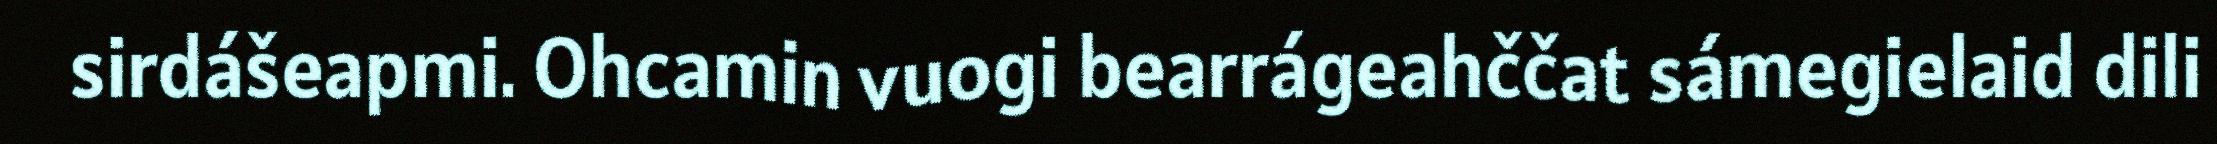
sirdášeapmi. Ohcamin vuogi bearrágeahččat sámegielaid dili